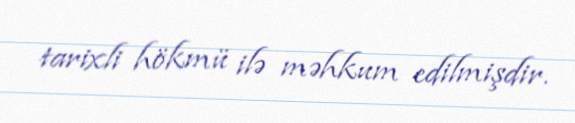
tarixli hökmü ilə məhkum edilmişdir.